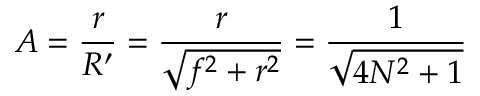
A = { \frac { r } { R ^ { \prime } } } = { \frac { r } { \sqrt { f ^ { 2 } + r ^ { 2 } } } } = { \frac { 1 } { \sqrt { 4 N ^ { 2 } + 1 } } }